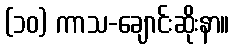
(၁၀) ကာသ-ချောင်းဆိုးနာ။